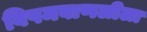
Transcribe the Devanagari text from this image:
विषमबाणलीला